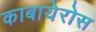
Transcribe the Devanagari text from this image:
काबायेरोस